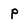
Character: p